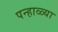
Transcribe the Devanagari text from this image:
पन्हाळ्या